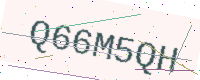
Text: Q66M5QH